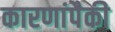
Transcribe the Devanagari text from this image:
कारणांपैकी